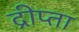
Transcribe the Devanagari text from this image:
द्रीप्ता